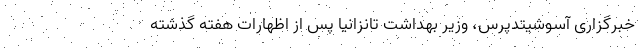
خبرگزاری آسوشیتدپرس، وزیر بهداشت تانزانیا پس از اظهارات هفته گذشته